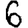
Digit: 6